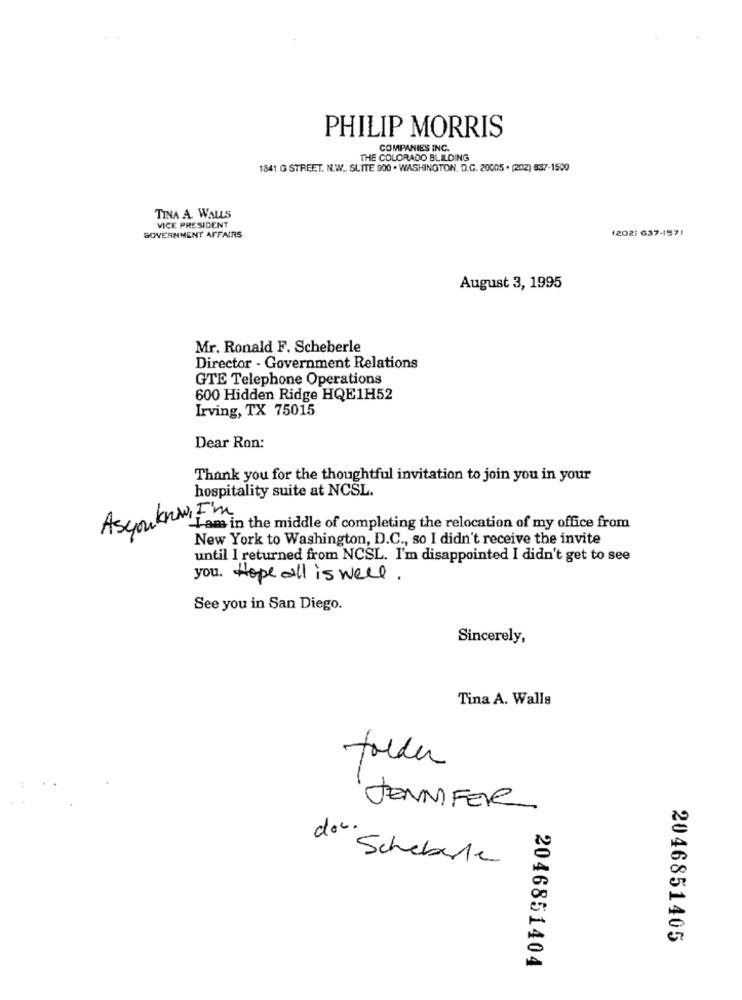
PHILIP MORRIS
COMPANIES INC.
THE COLORADO BUILDING
1841 G STREET. N.W. SUITE 900 . WASHINGTON, D.G. 20005 . (202) 837-1500
TINA A. WALLS
VICE PRESIDENT
(202) 637-4571
GOVERNMENT AFFAIRS
August 3, 1995
Mr. Ronald F. Scheberle
Director - Government Relations
GTE Telephone Operations
600 Hidden Ridge HQE1H52
Irving, TX 75015
Dear Ron:
Thank you for the thoughtful invitation to join you in your
hospitality suite at NCSL.
Asyouknow, I'm
-I-am in the middle of completing the relocation of my office from
New York to Washington, D.C ., so I didn't receive the invite
until I returned from NCSL. I'm disappointed I didn't get to see
you. Hope all is well.
See you in San Diego.
Sincerely,
Tina A. Walls
folder
JENNIFER
doc.
Scheberle
2046851405
2046851404